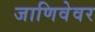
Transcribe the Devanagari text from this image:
जाणिवेवर